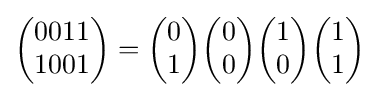
{\begin{pmatrix}0011\\1001\end{pmatrix}}={\begin{pmatrix}0\\1\end{pmatrix}}{\begin{pmatrix}0\\0\end{pmatrix}}{\begin{pmatrix}1\\0\end{pmatrix}}{\begin{pmatrix}1\\1\end{pmatrix}}